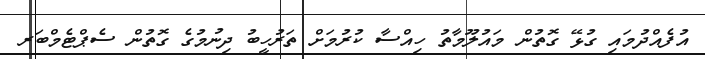
އުފެއްދުމައި ގުޅޭ ގޮތުން މައުލޫމާތު ހިއްސާ ކުރުމަށް ތަރުހީބު ދިނުމުގެ ގޮތުން ސެޕްޓެމްބަރ